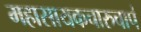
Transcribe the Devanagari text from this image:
महासायकचारुचापं